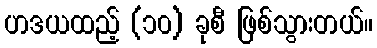
ဟဒယထည့် (၁၀) ခုစီ ဖြစ်သွားတယ်။